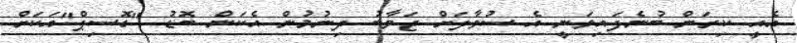
އެއީ ކިރަން ބުނެފައިވަނީ އެ ސުވާލަށް ޖަވާބު ދިނުމުން އެކަން ބޮޑު "ގޮސިޕް"އަކަށް